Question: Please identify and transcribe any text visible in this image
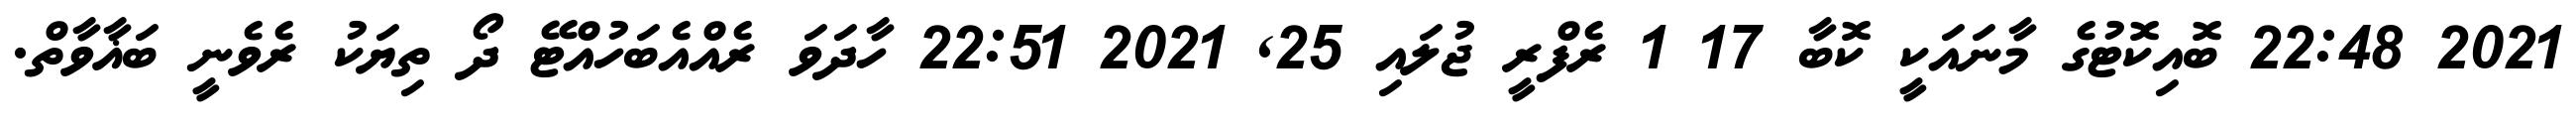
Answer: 2021 22:48 ބޮއިކޮޓުގެ މާނައަކީ ކޮބާ 17 1 ރެފްރީ ޖުލައި 25, 2021 22:51 ހާދަވަ ރެއްއެބަހުއްޓޭ ދޯ ތިޔަކު ރެވެނީ ބަޣާވާތް.